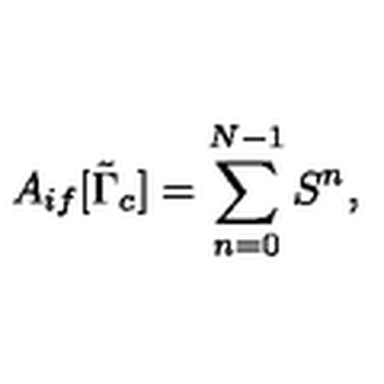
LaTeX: A _ { i f } [ \tilde { \Gamma } _ { c } ] = \sum _ { n = 0 } ^ { N - 1 } S ^ { n } ,